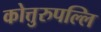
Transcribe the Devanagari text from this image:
कोत्तुरुपल्लि